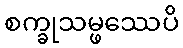
စက္ခုသမ္ဖဿေပိ